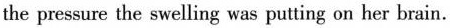
the pressure the swelling was putting on her brain.